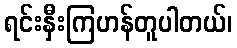
ရင်းနှီးကြဟန်တူပါတယ်၊